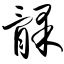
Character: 髁